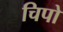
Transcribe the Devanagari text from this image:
चिपो